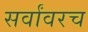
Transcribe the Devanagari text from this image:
सर्वांवरच